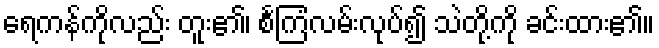
ရေကန်ကိုလည်း တူး၏၊ စင်္ကြံလမ်းလုပ်၍ သဲတို့ကို ခင်းထား၏။